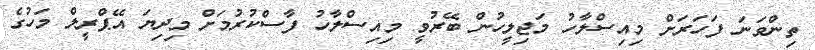
ތިންވަނަ ފަހަރަށް މިއިސްލާހު މަޖިލީހުން ބޭރުވީ މިއިސްލާހު ފާސްކުރުމަށް މިދިޔަ އޭޕްރީލް މަހުގެ